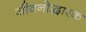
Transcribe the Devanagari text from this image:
जीवनोद्वारक